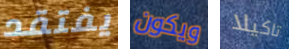
يفتقد ويكون تاكيلا